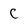
Character: C